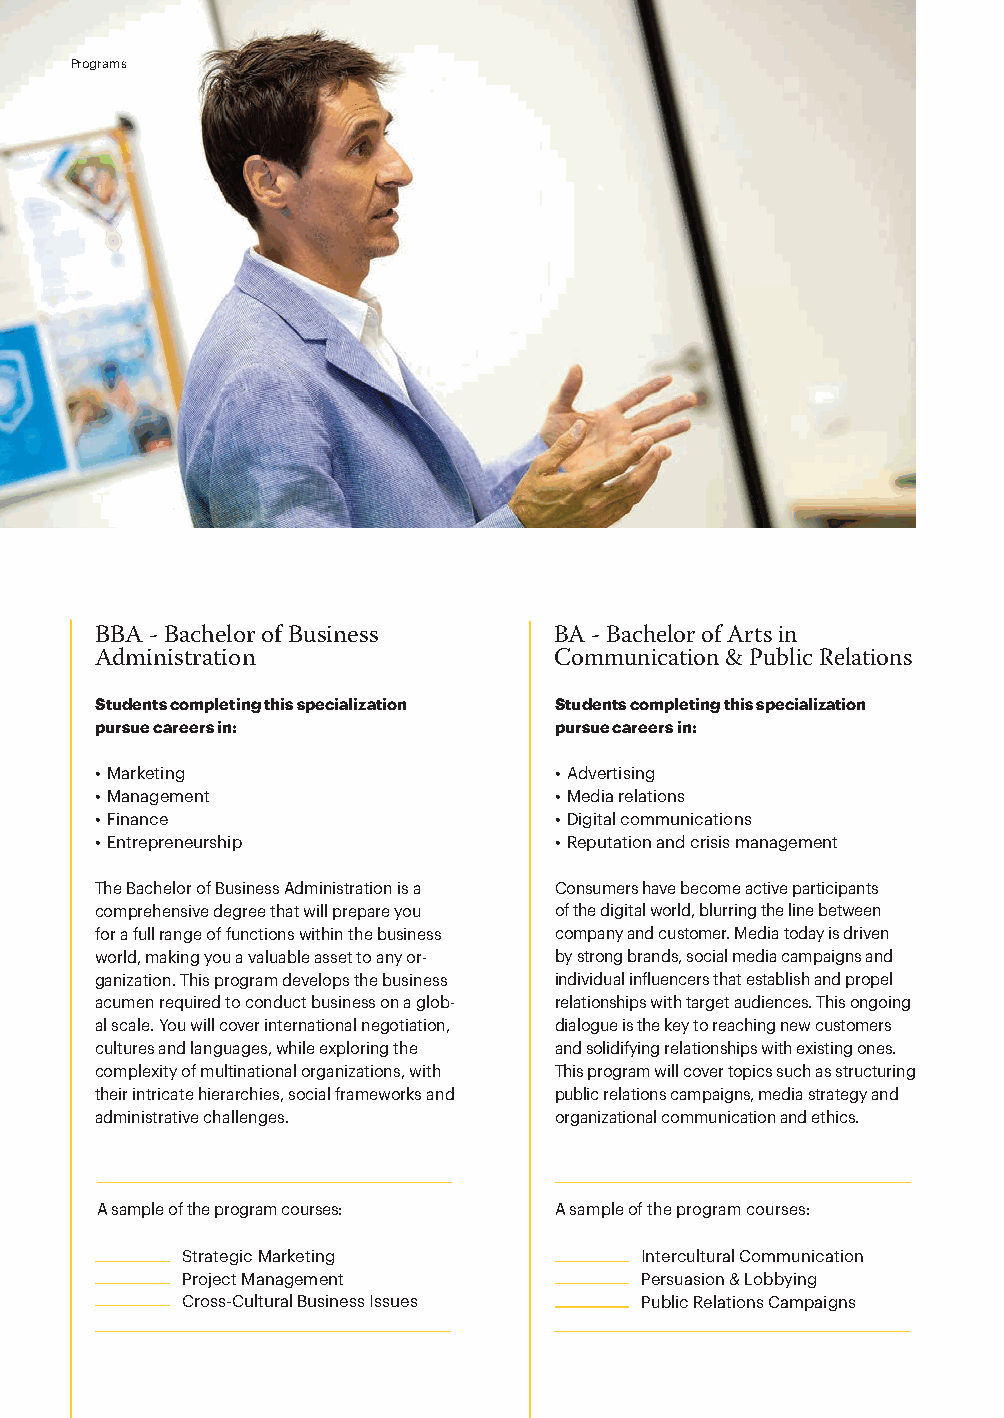
Programs
 BBA - Bachelor of Business     BA - Bachelor of Arts in
 Administration                 Communication & Public Relations
 Students completing this specialization Students completing this specialization
 pursue careers in:             pursue careers in:
 • Marketing                    • Advertising
 • Management                   • Media relations
 • Finance                      • Digital communications
 • Entrepreneurship             • Reputation and crisis management
 The Bachelor of Business Administration is a Consumers have become active participants
 comprehensive degree that will prepare you of the digital world, blurring the line between
 for a full range of functions within the business company and customer. Media today is driven
 world, making you a valuable asset to any or- by strong brands, social media campaigns and
 ganization. This program develops the business individual influencers that establish and propel
 acumen required to conduct business on a glob- relationships with target audiences. This ongoing
 al scale. You will cover international negotiation, dialogue is the key to reaching new customers
 cultures and languages, while exploring the and solidifying relationships with existing ones.
 complexity of multinational organizations, with This program will cover topics such as structuring
 their intricate hierarchies, social frameworks and public relations campaigns, media strategy and
 administrative challenges.     organizational communication and ethics.
 A sample of the program courses: A sample of the program courses:
 Strategic Marketing           Intercultural Communication
 Project Management            Persuasion & Lobbying
 Cross-Cultural Business Issues Public Relations Campaigns